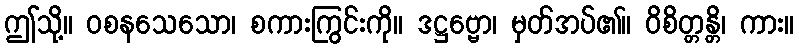
ဤသို့။ ဝစနသေသော၊ စကားကြွင်းကို။ ဒဋ္ဌဗ္ဗော၊ မှတ်အပ်၏။ ဝိစိတ္တန္တိ၊ ကား။